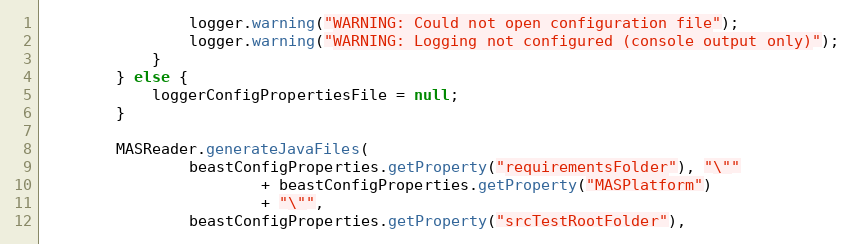
Language: Java
                logger.warning("WARNING: Could not open configuration file");
                logger.warning("WARNING: Logging not configured (console output only)");
            }
        } else {
            loggerConfigPropertiesFile = null;
        }

        MASReader.generateJavaFiles(
                beastConfigProperties.getProperty("requirementsFolder"), "\""
                        + beastConfigProperties.getProperty("MASPlatform")
                        + "\"",
                beastConfigProperties.getProperty("srcTestRootFolder"),